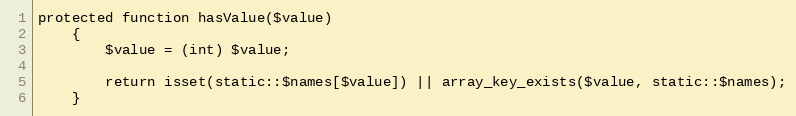
Language: PHP
protected function hasValue($value)
    {
        $value = (int) $value;

        return isset(static::$names[$value]) || array_key_exists($value, static::$names);
    }